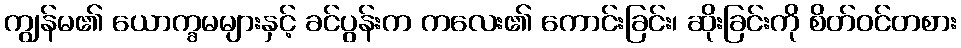
ကျွန်မ၏ ယောက္ခမများနှင့် ခင်ပွန်းက ကလေး၏ ကောင်းခြင်း၊ ဆိုးခြင်းကို စိတ်ဝင်တစား